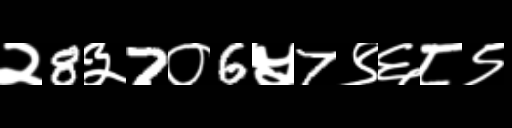
Text: २8३7०6५7९६८९